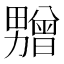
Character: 𰣛